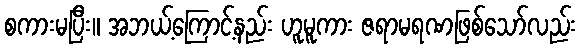
စကားမပြီး။ အဘယ့်ကြောင့်နည်း ဟူမူကား ဇရာမရဏဖြစ်သော်လည်း